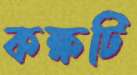
কক্ষটি